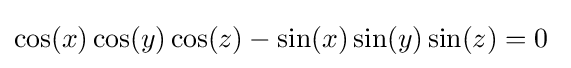
\cos(x)\cos(y)\cos(z)-\sin(x)\sin(y)\sin(z)=0\